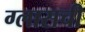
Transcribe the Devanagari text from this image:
ग्लासची